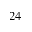
_ { 2 4 }